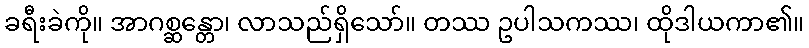
ခရီးခဲကို။ အာဂစ္ဆန္တော၊ လာသည်ရှိသော်။ တဿ ဥပါသကဿ၊ ထိုဒါယကာ၏။